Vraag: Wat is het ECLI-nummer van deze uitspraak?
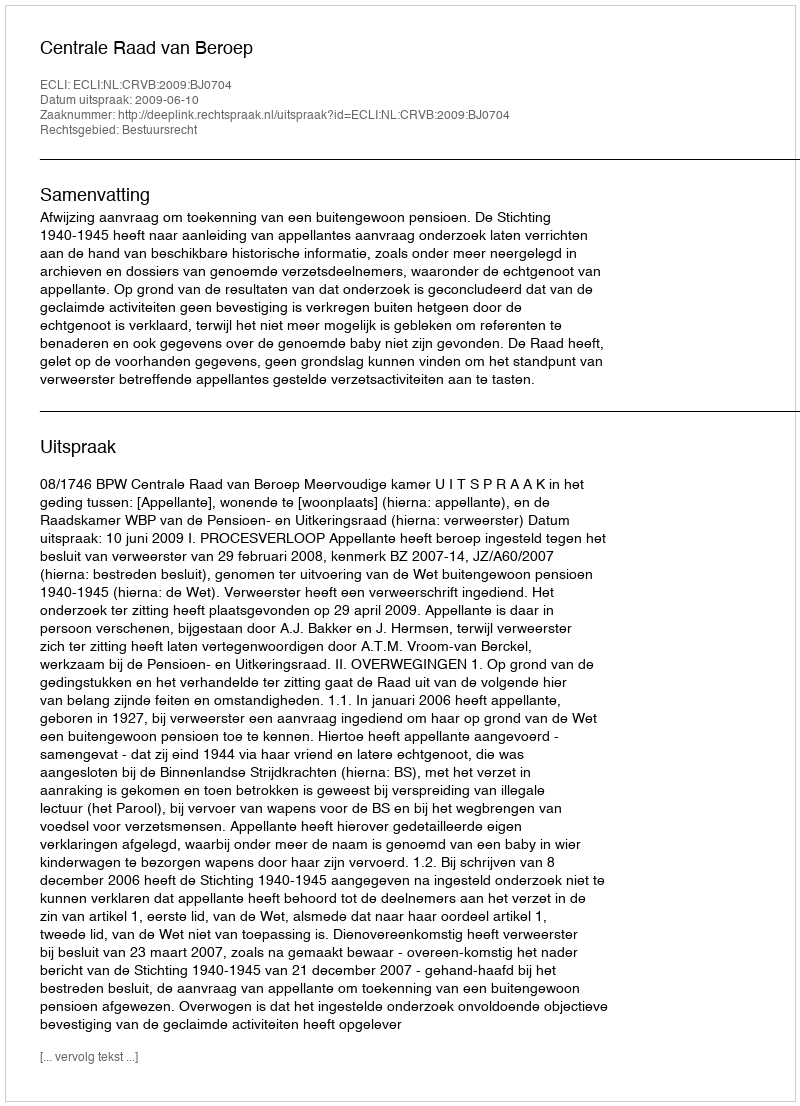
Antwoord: ECLI:NL:CRVB:2009:BJ0704